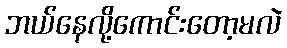
ဘယ်နေလို့ကောင်းတော့မလဲ